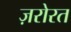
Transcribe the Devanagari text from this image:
ज़रोरत